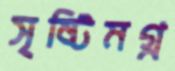
সৃষ্টিমগ্ন